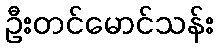
ဦးတင်မောင်သန်း